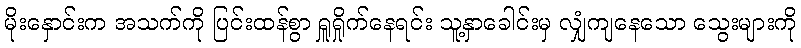
မိုးနှောင်းက အသက်ကို ပြင်းထန်စွာ ရှူရှိုက်နေရင်း သူ့နှာခေါင်းမှ လျှံကျနေသော သွေးများကို